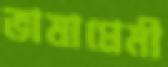
ভাষাপ্রেমী